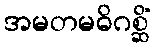
အမတမဓိဂစ္ဆိံ